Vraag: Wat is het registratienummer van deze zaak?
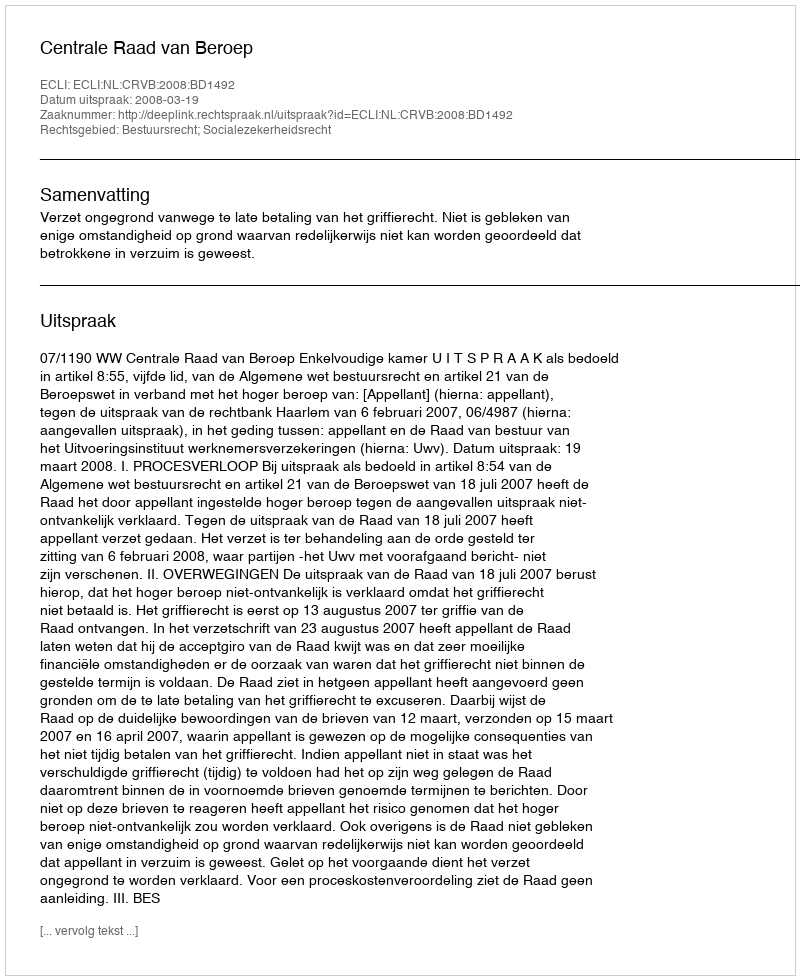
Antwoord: http://deeplink.rechtspraak.nl/uitspraak?id=ECLI:NL:CRVB:2008:BD1492